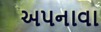
અપનાવા